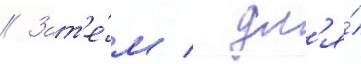
// Зат'е́м / дл'я́